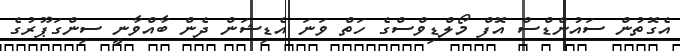
އެގޮތުން ސައުންޑްސް އޮފް މޯލްޑިވްސްގެ ހަތް ވަނަ އެޑިޝަން ދެން ބާއްވާނީ ސިންގަޕޫރުގެ